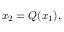
x _ { 2 } = Q ( x _ { 1 } ) ,